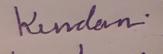
Signature authenticity: genuine